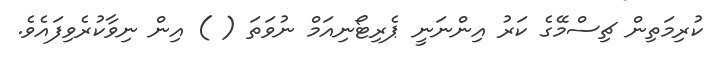
ކުރިމަތިން ޗިސްމޭގެ ކަރު އިންނަނީ ޕެރިޓޯނިއަމް ނުވަތަ ( ) އިން ނިވާކުރެވިފައެވެ.